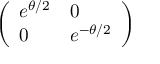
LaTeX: \left( \begin{array} { l l } { e ^ { \theta / 2 } } & { 0 } \\ { 0 } & { e ^ { - \theta / 2 } } \end{array} \right)